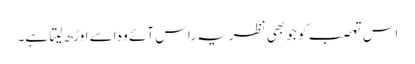
اس تعصب کو جو بھی نظریہ راس آئے وہ اسے اوڑھ لیتا ہے۔